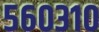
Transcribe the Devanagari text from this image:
५६०३१०